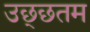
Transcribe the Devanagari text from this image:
उछ्छतम